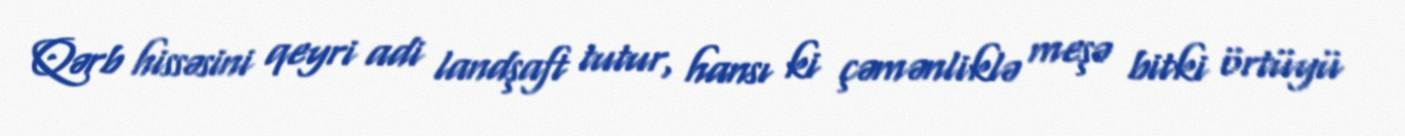
Qərb hissəsini qeyri adi landşaft tutur, hansı ki çəmənliklə meşə bitki örtüyü